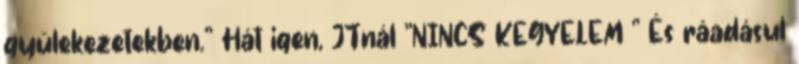
gyülekezetekben." Hát igen, JTnál "NINCS KEGYELEM " És ráadásul